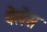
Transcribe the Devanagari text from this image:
वेलेंस